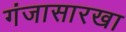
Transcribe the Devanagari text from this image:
गंजासारखा